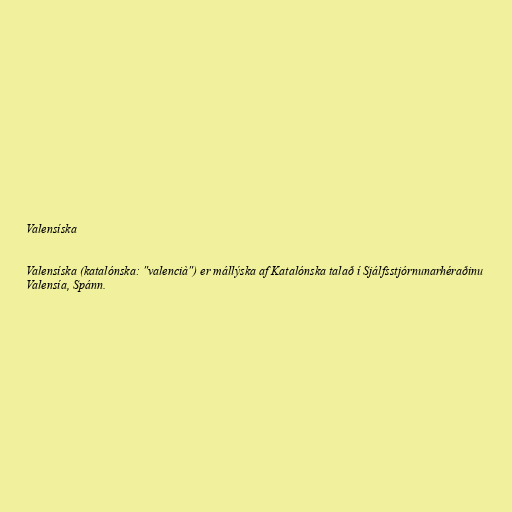
Valensíska

Valensíska (katalónska: "valencià") er mállýska af Katalónska talað í Sjálfsstjórnunarhéraðinu
Valensía, Spánn.